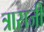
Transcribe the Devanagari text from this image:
त्रासजी